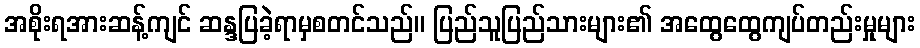
အစိုးရအားဆန့်ကျင် ဆန္ဒပြခဲ့ရာမှစတင်သည်။ ပြည်သူပြည်သားများ၏ အထွေထွေကျပ်တည်းမှုများ